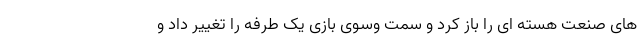
های صنعت هسته ای را باز کرد و سمت وسوی بازی یک طرفه را تغییر داد و